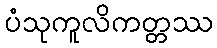
ပံသုကူလိကတ္တဿ